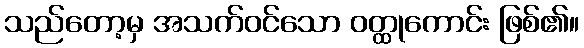
သည်တော့မှ အသက်ဝင်သော ဝတ္ထုကောင်း ဖြစ်၏။